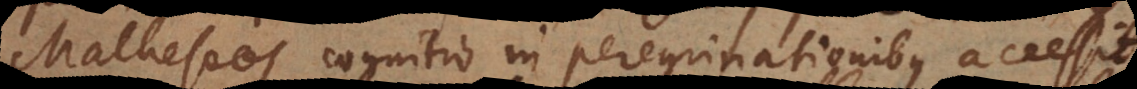
Matheseos cognitio in peregrinationibus accessit